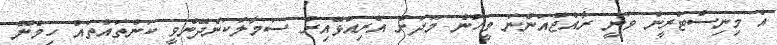
އެ މިނިސްޓްރީން ވަނީ ރާއްޖެއަންނަ މީހުން މޫދަށް އެރިއުޅޭއިރު ސަމާލުކަންދޭންވީ ކަންތައްތައް ހިމެނޭ